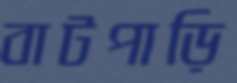
বাটপাড়ি